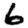
Digit: 6